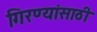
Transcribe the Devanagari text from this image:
गिरण्यांसाठी